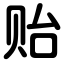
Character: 贻